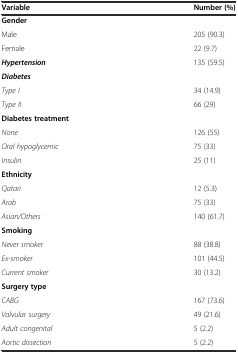
| Variable | Number (%) |
 | --- | --- |
 | Gender |  |
 | Male | 205 (90.3) |
 | Female | 22 (9.7) |
 | Hypertension | 135 (59.5) |
 | Diabetes |  |
 | Type I | 34 (14.9) |
 | Type II | 66 (29) |
 | Diabetes treatment |  |
 | None | 126 (55) |
 | Oral hypoglycemic | 75 (33) |
 | Insulin | 25 (11) |
 | Ethnicity |  |
 | Qatari | 12 (5.3) |
 | Arab | 75 (33) |
 | Asian/Others | 140 (61.7) |
 | Smoking |  |
 | Never smoker | 88 (38.8) |
 | Ex-smoker | 101 (44.5) |
 | Current smoker | 30 (13.2) |
 | Surgery type |  |
 | CABG | 167 (73.6) |
 | Valvular surgery | 49 (21.6) |
 | Adult congenital | 5 (2.2) |
 | Aortic dissection | 5 (2.2) |